Annual report on the lock hospitals of the Madras Presidency
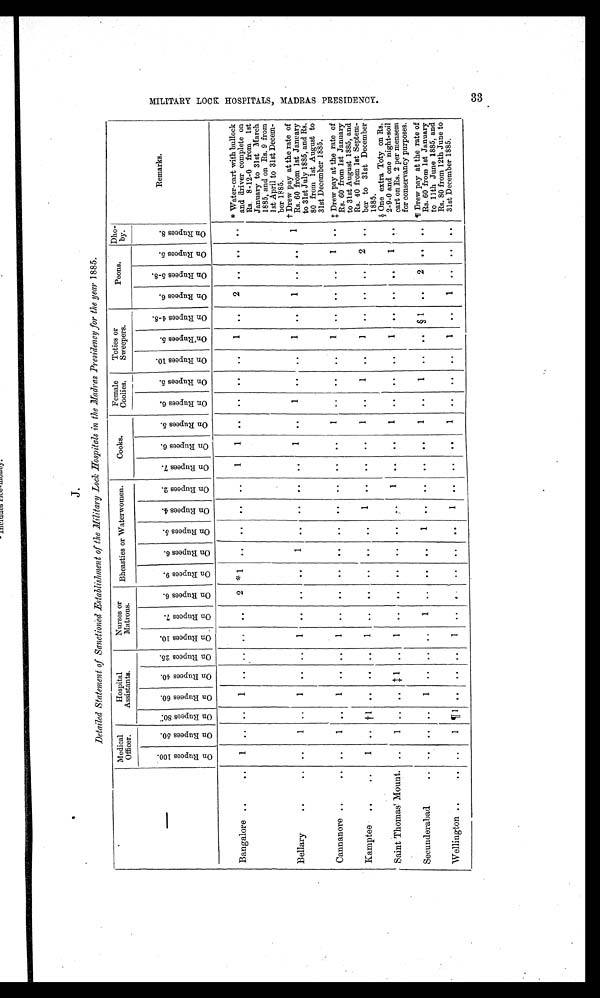
J.
Detailed Statement of Sanctioned Establishment of the Military Lock Hospitals in the Madras Presidency for the year 1885.
Medical
Officer.
Hospital
Assistants.
Nurses or
Matrons.
Bheasties or Waterwomen.
Cooks.
Female
Coolies.
Toties or
Sweepers.
Peons.
Dho-
by.
Remarks.
O n R u p e e s 1 0 0 .
O n R u p e e s 5 0 .
O n R u p e e s 8 0 . O n R u p e e s 6 0 .
O n R u p e e s 4 0 .
O n R u p e e s 2 5 .
O n R u p e e s 1 0 .
O n R u p e e s 7 .
O n R u p e e s 6 .
O n R u p e e s 9 .
O n R u p e e s 6 .
O n R u p e e s 5 .
O n R u p e e s 4
O n R u p e e s 2 .
O n R u p e e s 7 .
O n R u p e e s 6 .
O n R u p e e s 5 .
O n R u p e e s 6 .
O n R u p e e s 5 .
O n R u p e e s 1 0 .
O n R u p e e s 5 .
O n R u p e e s 4 . 8 .
O n R u p e e s 6 .
O n R u p e e s 5 . 8
O n R u p e e s 5 .
O n R u p e e s 8 .
Bangalore ...
1
. .
. .
1
. .
. . ..
. .
2 *1 .. .. ..
. .
1
1
. .
. .
. .
. .
1
. .
2
. .
. .
. . * Water-cart with bullock
and driver complete on
Rs. 8-12-0 from 1st
January to 31st March
1885, and on Rs. 9 from
1st April to 31st Decem-
ber 1885.
Bellary
..
.. ..
1 ..
1 .. ..
1 .. .. ..
1 ..
. .
. .
. .
1 ..
1 .. ..
1 ..
1
. .
. .
1 † Drew pay at the rate of
Rs. 60 from 1st January
to 31st July 1885, and Rs.
80 from 1st August to
31st December 1885.
Cannanore ..
..
. .
1
. .
1
. .
. . 1
. .
. .
. . . .
. .
. .
. .
. .
. .
1
. .
. .
. .
1
. .
. .
. . 1
. . ‡ Drew pay at the rate of
Rs. 60 from 1st January
to 31st August 1885, and
Rs. 40 from 1st Septem-
ber to 31st December
1885.
Kamptee ..
..
1
. .
† 1
. .
. .
. . 1
. .
. .
. . .. ..
1
. .
.. ..
1
. .
1
. .
1
. .
. .
. . 2
. .
Saint Thomas Mount. ..
1 ..
. .
‡ 1
. . 1
. .
. .
. .
. . . .
. . 1
. .
. .
1
. .
. .
. .
1
. .
. .
. .
1
. .
§ One extra Toty on Rs.
2-9-0 and one night-soil
cart on Rs. 2 per mensem
for conservancy purposes.
Secunderabad
. .
. .
. .
1
. .
. . ..
1
. .
. .
. . 1 ..
. .
. .
. .
1 ..
1
. .
. . § 1 ..
2
. .
. . ¶ Drew pay at the rate of
Rs. 60 from 1st January
to 11th June 1885, and
Rs. 80 from 12th June to
31st December 1885.
Wellington..
. . 1
¶ 1 .. .. ..
1 .. .. .. .. ..
1 ..
. .
. .
1
.. .. ..
1 ..
1 . .
.. ..
M I L I T A R Y L O C K H O S P I T A L S , M A D R A S P R E S I D E N O Y .